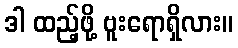
ဒါ ထည့်ဖို့ ဗူးရောရှိလား။